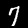
Label: 7